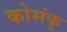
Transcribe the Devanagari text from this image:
कोसंकु